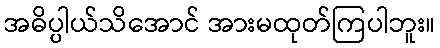
အဓိပ္ပါယ်သိအောင် အားမထုတ်ကြပါဘူး။